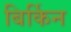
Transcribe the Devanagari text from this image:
बिर्किन